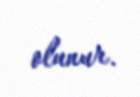
olunur.